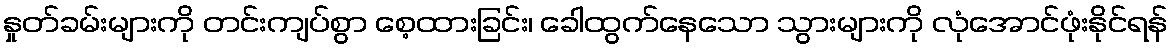
နှုတ်ခမ်းများကို တင်းကျပ်စွာ စေ့ထားခြင်း၊ ခေါထွက်နေသော သွားများကို လုံအောင်ဖုံးနိုင်ရန်